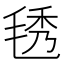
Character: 𣮁